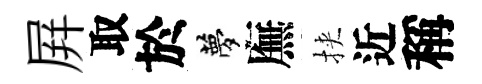
屛取於夢廡挾近稱